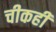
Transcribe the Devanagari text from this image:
चीकही